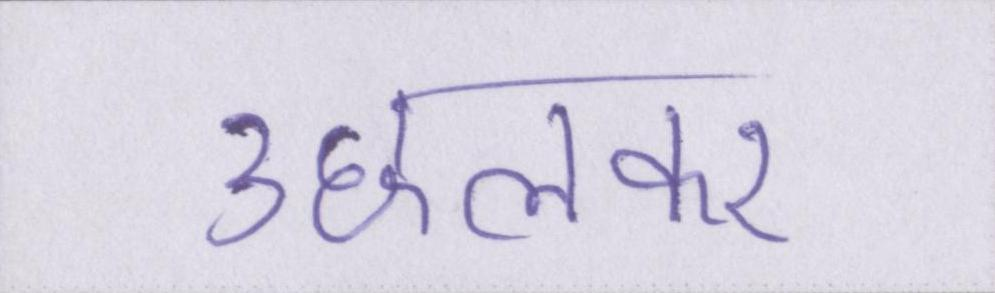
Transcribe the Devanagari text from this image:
उछलकर